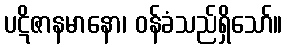
ပဋိဇာနမာနော၊ ဝန်ခံသည်ရှိသော်။